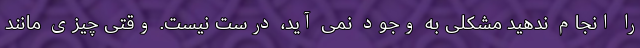
را انجام ندهید مشکلی به وجود نمی آید، درست نیست. وقتی چیزی مانند